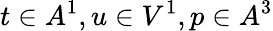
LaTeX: t\in A^{1},u\in V^{1},p\in A^{3}